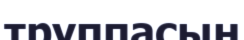
труппасын